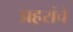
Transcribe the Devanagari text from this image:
प्रहरांचे